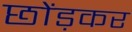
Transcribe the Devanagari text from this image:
छोंड़कर